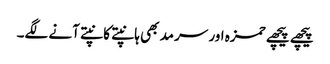
پیچھے پیچھے حمزہ اور سرمد بھی ہانپتے کانپتے آنے لگے۔